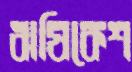
ঋষিকেশ